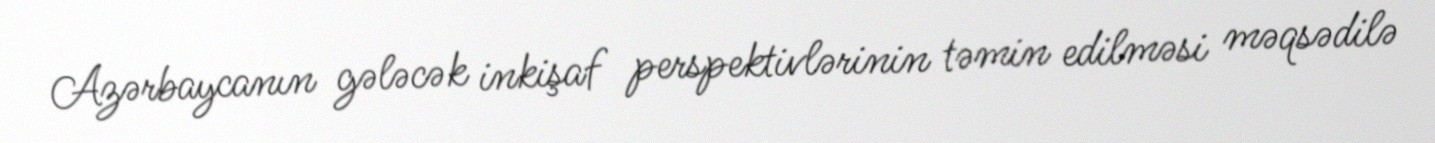
Azərbaycanın gələcək inkişaf perspektivlərinin təmin edilməsi məqsədilə